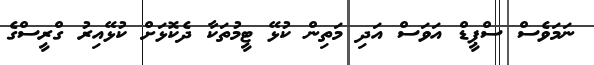
ނަމަވެސް ސްޕީޑް އަވަސް އަދި މަތިން ކުޅޭ ޓީމުތަކާ ދެކޮޅަށް ކުޅޭއިރު ގްރީސްގެ